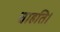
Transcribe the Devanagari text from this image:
चाहति।